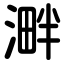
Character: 溿